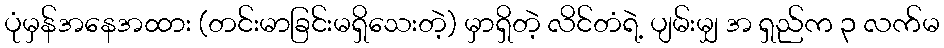
ပုံမှန်အနေအထား (တင်းမာခြင်းမရှိသေးတဲ့) မှာရှိတဲ့ လိင်တံရဲ့ ပျမ်းမျှ အ ရှည်က ၃ လက်မ